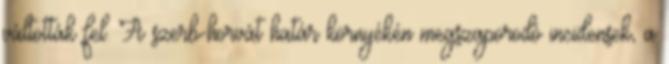
váltották fel. A szerb-horvát határ környékén megszaporodó incidensek, a